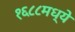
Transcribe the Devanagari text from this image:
१६८८मध्ये